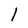
Character: 1